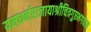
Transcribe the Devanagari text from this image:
यमधर्मराजायाश्रीचित्रगुप्तभगवान